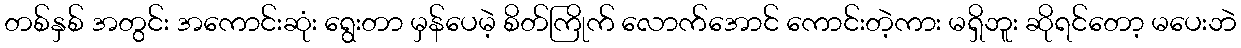
တစ်နှစ် အတွင်း အကောင်းဆုံး ရွေးတာ မှန်ပေမဲ့ စိတ်ကြိုက် လောက်အောင် ကောင်းတဲ့ကား မရှိဘူး ဆိုရင်တော့ မပေးဘဲ